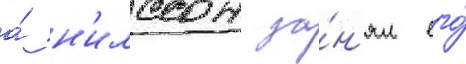
а́ н'илссон за́н'ял его́